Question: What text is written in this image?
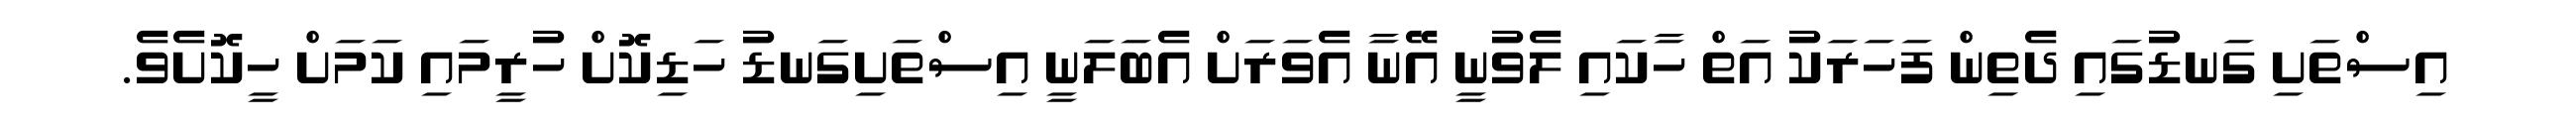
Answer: އިސްތަށި ގަނޑުގައި ދެތިން ފަހަރަކު އަތް ހާކައި ލެވުނީ އޭނާ އެވަރަށް އެބަލަނީ އިސްތަށިގަނޑު ހަޑިކޮށް ހުރީމައި ކަމަށް ހީކޮށެވެ.